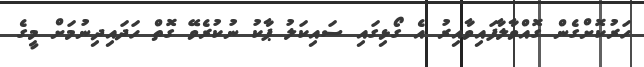
ހަރުކޮށްގެން ގޮއްވާލާފައިވާއިރު އެ ގޯޅިގައި ސައިކަލު ޕާކު ނުކުރެވޭ ގޮތް ހަދައިދިނުމަށް މީގެ